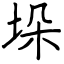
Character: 垛